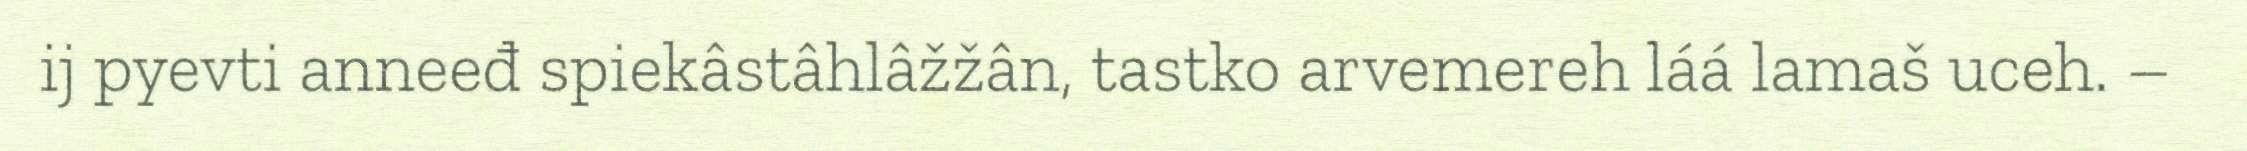
ij pyevti anneeđ spiekâstâhlâžžân, tastko arvemereh láá lamaš uceh. –